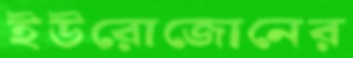
ইউরোজোনের